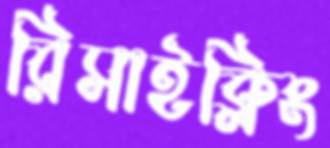
রিসাইক্লিং